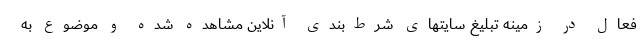
فعال در زمینه تبلیغ سایتهای شرط‌‌بندی آنلاین مشاهده شده و موضوع به